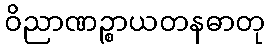
ဝိညာဏဉ္စာယတနဓာတု